65_HS1-834228961_62-HQ-83894_Section_4
Agency: FBI
Page 164
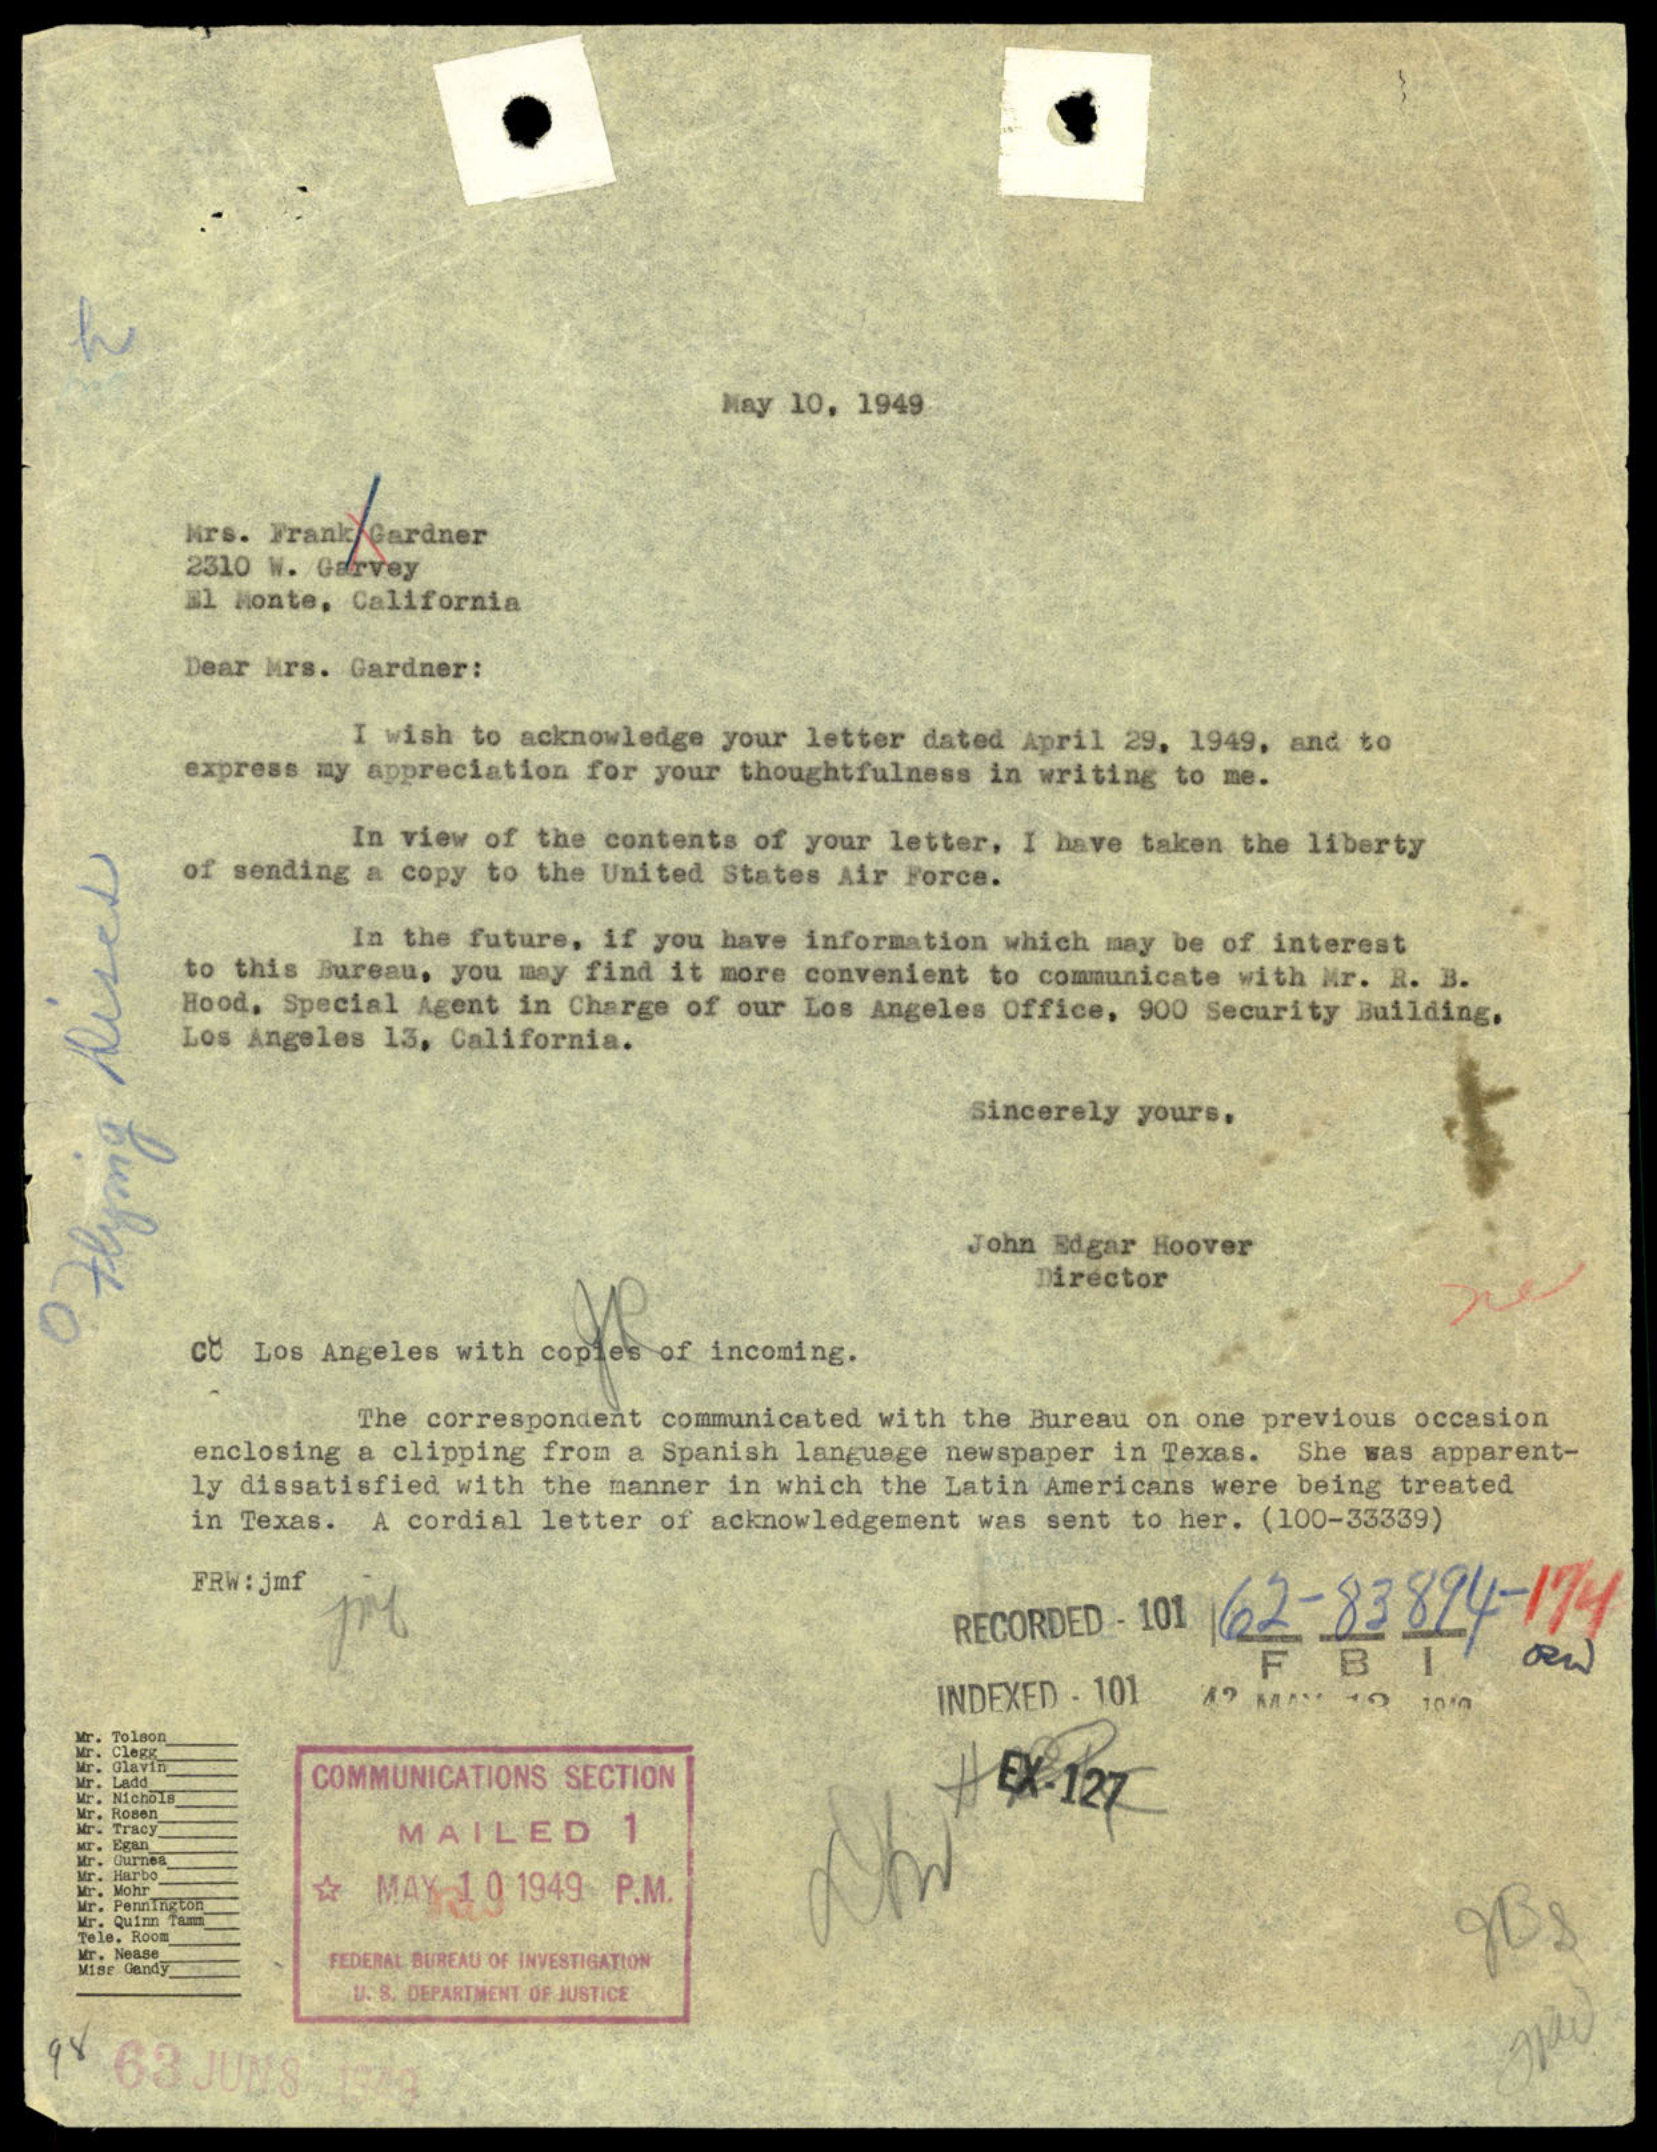